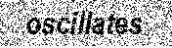
oscillates